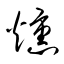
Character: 燻